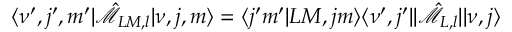
\langle \nu ^ { \prime } , j ^ { \prime } , m ^ { \prime } | \hat { \mathcal { M } } _ { L M , l } | \nu , j , m \rangle = \langle j ^ { \prime } m ^ { \prime } | L M , j m \rangle \langle \nu ^ { \prime } , j ^ { \prime } | | \hat { \mathcal { M } } _ { L , l } | | \nu , j \rangle